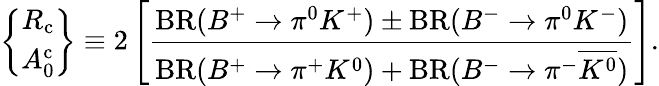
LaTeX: \left\{ \begin{array}{c}{{R_{\mathrm{c}}}}\\ {{A_{0}^{\mathrm{c}}}}\end{array}\right\} \equiv 2\left[\frac{\mathrm{BR}(B^{+}\to\pi^{0}K^{+})\pm\mathrm{BR}(B^{-}\to\pi^{0}K^{-})}{\mathrm{BR}(B^{+}\to\pi^{+}K^{0})+\mathrm{BR}(B^{-}\to\pi^{-}\overline{{{K^{0}}}})}\right].